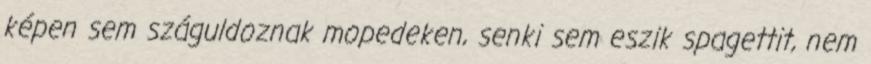
képen sem száguldoznak mopedeken, senki sem eszik spagettit, nem